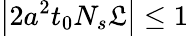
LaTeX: \left|2a^{2}t_{0}N_{s}\mathfrak{L}\right|\leq 1